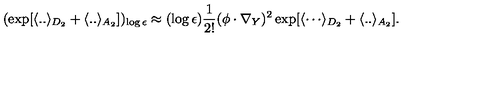
( \exp [ \langle . . \rangle _ { D _ { 2 } } + \langle . . \rangle _ { A _ { 2 } } ] ) _ { \log \epsilon } \approx ( \log \epsilon ) { \frac { 1 } { 2 ! } } ( \phi \cdot \nabla _ { Y } ) ^ { 2 } \exp [ { \langle \cdots \rangle _ { D _ { 2 } } } + \langle . . \rangle _ { A _ { 2 } } ] .